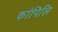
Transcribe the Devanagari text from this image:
कांपिलि